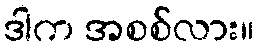
ဒါက အစစ်လား။